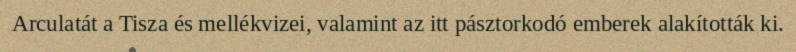
Arculatát a Tisza és mellékvizei, valamint az itt pásztorkodó emberek alakították ki.